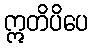
ဣတိပိပေ